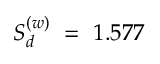
{ \cal S } _ { d } ^ { ( w ) } ~ = ~ 1 . 5 7 7